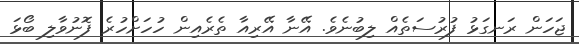
ޖަހަން ރަނގަޅު ފުރުސަތެއް ލިބުނެވެ. އޭނާ އޭރިއާ ތެރެއިން ހުހަށްހުރެ ފޮނުވާލި ބޯޅަ